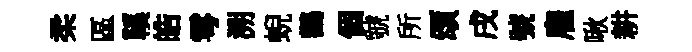
柔區鞵皓雩溯蜺鸛個虢所頌戌號雇啾耕